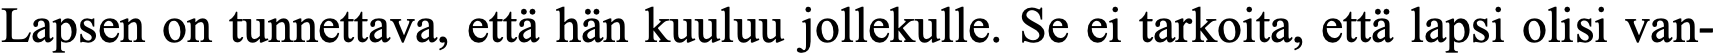
Lapsen on tunnettava, että hän kuuluu jollekulle. Se ei tarkoita, että lapsi olisi van-